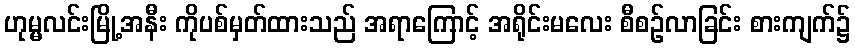
ဟုမ္မလင်းမြို့အနီး ကိုပစ်မှတ်ထားသည် အရာကြောင့် အရိုင်းမလေး စီစဉ်လာခြင်း စားကျက်၌